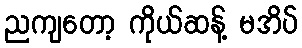
ညကျတော့ ကိုယ်ဆန့် မအိပ်